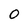
Character: 0